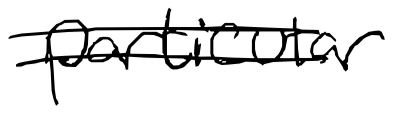
Text: particular
Cross-out: mix
Writing tool: digital_black